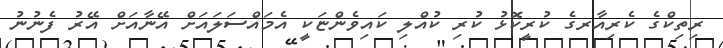
ރިތިކްގެ ކެރިއާރގެ ކުރީކޮޅު ކުރި ކުއްލި ކައިވެންޏަކީ އެމައްސަލައަށް އޭނާއަށް އޭރު ފެނުނު